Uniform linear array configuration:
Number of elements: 64
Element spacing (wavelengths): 1
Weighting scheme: exponential
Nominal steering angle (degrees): -60
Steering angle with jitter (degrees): -59.476
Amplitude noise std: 0.05
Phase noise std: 0.05

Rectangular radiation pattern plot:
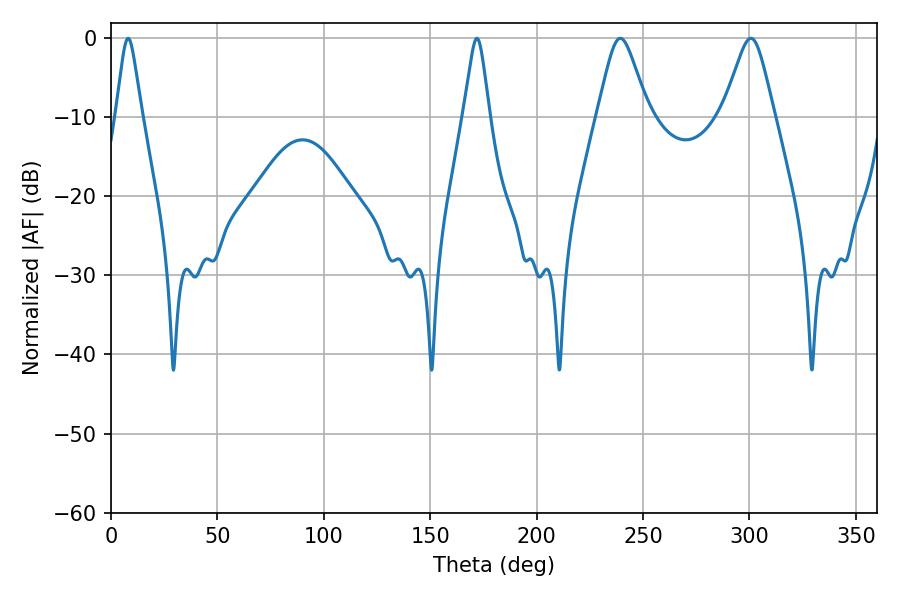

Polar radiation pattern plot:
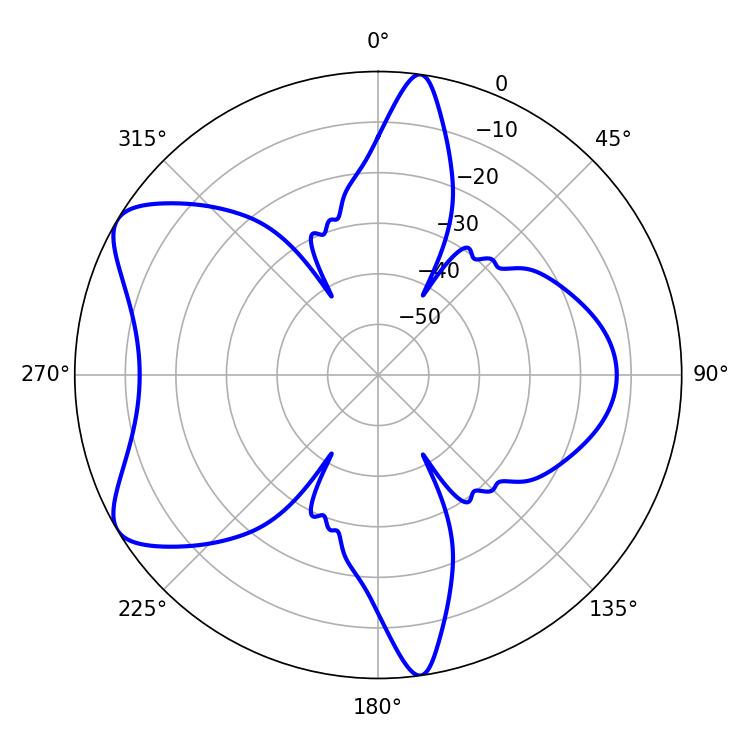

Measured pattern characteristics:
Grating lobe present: TRUE
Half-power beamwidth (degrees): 11.34
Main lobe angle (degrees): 300.6